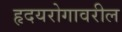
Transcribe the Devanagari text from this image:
हृदयरोगावरील